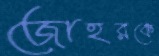
জোহরকে